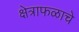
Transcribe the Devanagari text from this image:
क्षेत्राफळाचे